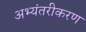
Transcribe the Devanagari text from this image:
अभ्यंतरीकरण